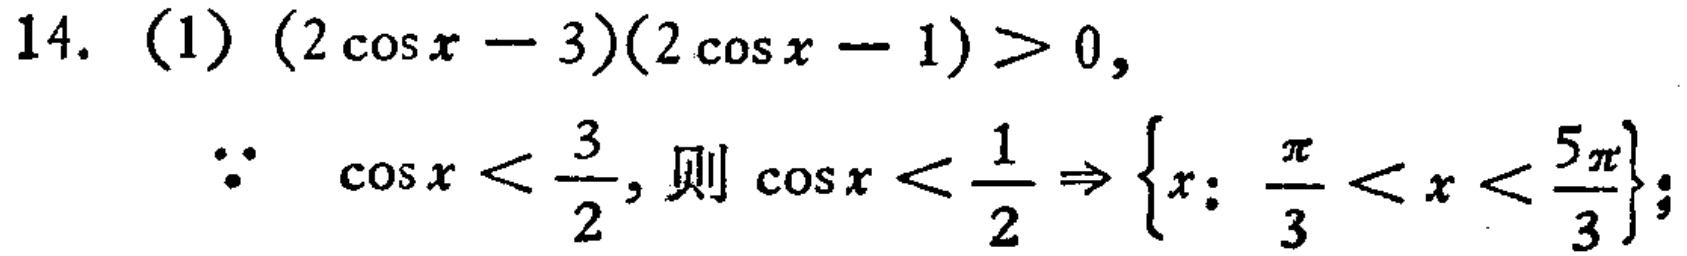
14. (1) \((2\cos x - 3)(2\cos x - 1)>0\),
\(\because\) \(\cos x < \frac{3}{2}\), 则 \(\cos x < \frac{1}{2} \Rightarrow \{x:\frac{\pi}{3}<x<\frac{5\pi}{3}\}\);